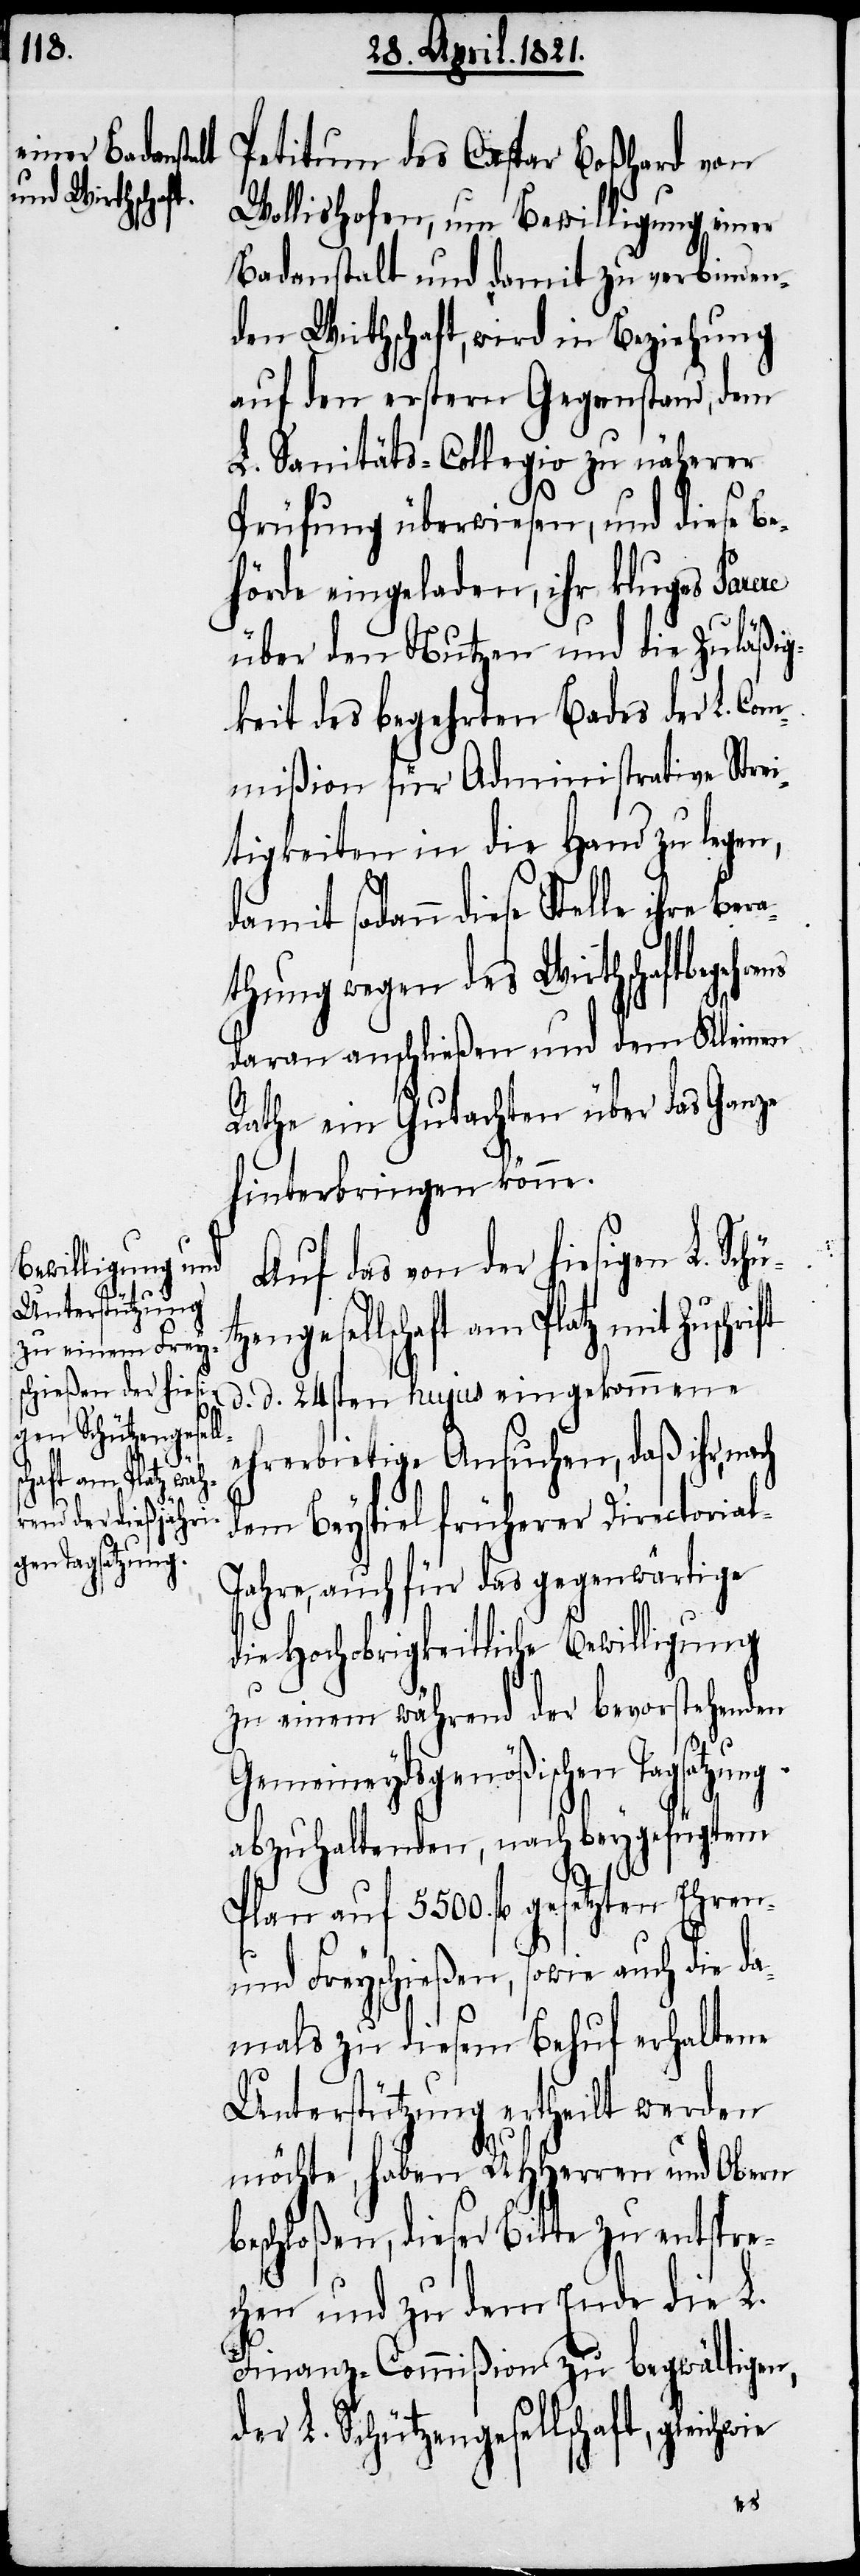
Wollishofen, um Bewilligung einer
Badeanstalt und damit zu verbinden¬
den Wirthschaft, wird in Beziehung
auf den erstern Gegenstand, dem
L. Sanitäts-Collegio zu näherer
Prüfung überwiesen, und diese Be¬
hörde eingeladen, ihr kluges Parere
über den Nutzen und die Zuläßig¬
keit des begehrten Bades der L. Com¬
mißion für Administrative Strei¬
tigkeiten in die Hand zu legen,
damit sodann diese Stelle ihre
athung wegen des Wirthschaftsbege¬
daran anschließen und dem Kleinen
Rathe ein Gutachten über das Ganze
hinterbringen könne.
Auf das von der hiesigen L. Sc¬
am Platz mit Zuschrift
d. d. 24sten hujus eingekommene
ehrerbietige Ansuchen, daß ihr, nach
dem Beyspiel früherer Directoria¬
ahre auch für das gegenwärtige
die Hochobrigkeitliche Bewilligung
zu einem während der bevorstehenden
Gemeineydsgenößischen Tagsatzung
abzuhaltenden, nach beygefügtem
Plan auf 5500. fl. gesetzten Ehren-
und Freyschießen, sowie auch die da¬
mals zu diesem Behuf erhaltene
Unterstützung ertheilt werden
möchte, haben UHHerren und Obern
beschloßen, dieser Bitte zu entspre¬
chen und zu dem Ende die L.
Finanz-Commißion zu begwältigen,
der L. Schützengesellschaft, gleich¬
wie